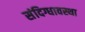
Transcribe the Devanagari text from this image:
संदिग्धावस्था